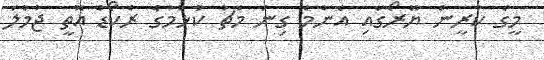
މީގެ ކުރީން ޔޫރޯގައި އެންމެ ގިނަ މެޗު ކުޅުމުގެ ރެކޯޑް އޮތީ ޖުމުލަ